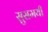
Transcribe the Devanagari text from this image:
सुसमयी